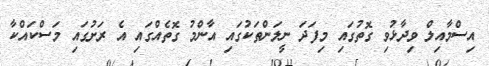
އިސްމާއިލް ވިދާޅުވި ގޮތުގައި މިފަދަ ނީލަންތަކުގައި އާންމު ގޮތެއްގައި އެ ރަށުގައި މަސްކައްކާ